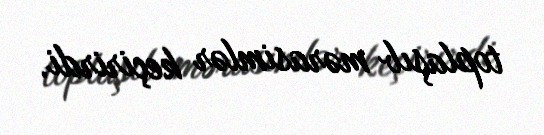
toplaşıb mərasimlər keçirirdi.